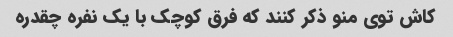
کاش توی منو ذکر کنند که فرق کوچک با یک نفره چقدره